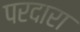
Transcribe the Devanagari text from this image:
परदारा